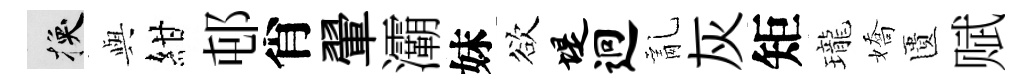
换𫤰紺邨肖翬灞妹欲堤迥亂灰矩瓏嬌匱赋